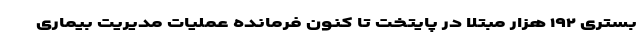
بستری ۱۹۲ هزار مبتلا در پایتخت تا کنون فرمانده عملیات مدیریت بیماری